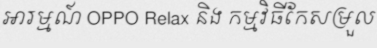
អារម្មណ៍ OPPO Relax និង កម្មវិធីកែសម្រួល